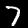
Digit: 7